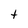
Character: t